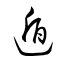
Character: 遁